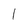
Character: 1